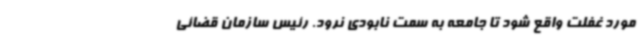
مورد غفلت واقع شود تا جامعه به سمت نابودی نرود. رئیس سازمان قضائی